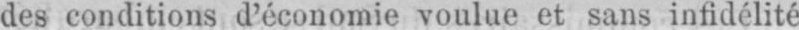
des conditions d’économie voulue et sans infidélité